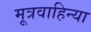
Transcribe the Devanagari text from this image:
मूत्रवाहिन्या